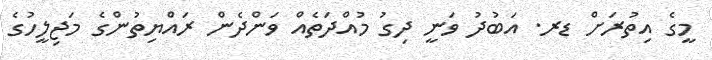
މީގެ އިތުރަށް ޑރ. އަބުދު ވަނީ ދިގު މުއްދަތެއް ވަންދެން ރައްޔިތުންގެ މަޖިލީހުގެ